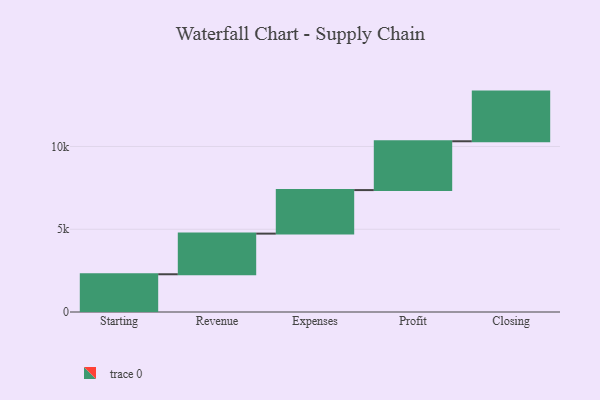
{"axis": {"x": "Step", "y": "Value"}, "legend": [""], "data": [{"x": "Starting", "y": 2280.0, "type": ""}, {"x": "Revenue", "y": 2455.0, "type": ""}, {"x": "Expenses", "y": 2630.0, "type": ""}, {"x": "Profit", "y": 2950.0, "type": ""}, {"x": "Closing", "y": 3000, "type": ""}]}